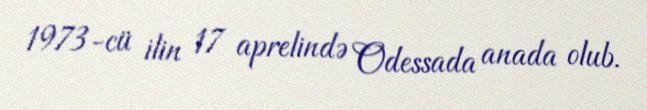
1973-cü ilin 17 aprelində Odessada anada olub.